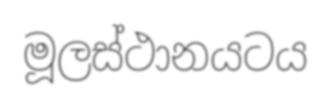
මූලස්ථානයටය